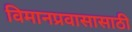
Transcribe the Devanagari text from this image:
विमानप्रवासासाठी